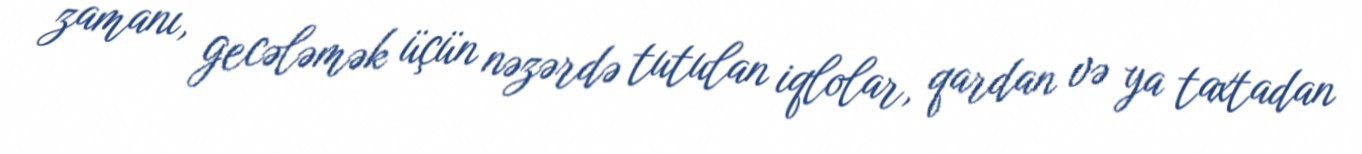
zamanı, gecələmək üçün nəzərdə tutulan iqlolar, qardan və ya taxtadan